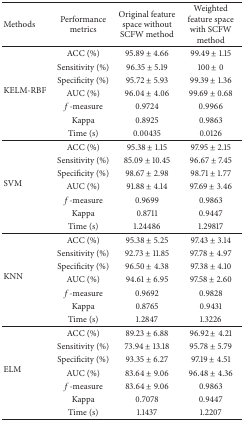
<table><thead><tr><td><b>Methods</b></td><td><b>Performance metrics</b></td><td><b>Original feature space without SCFW method</b></td><td><b>Weighted feature space with SCFW method</b></td></tr></thead><tbody><tr><td rowspan="7">KELM-RBF</td><td>ACC (%)</td><td>95.89 ± 4.66</td><td>99.49 ± 1.15</td></tr><tr><td>Sensitivity (%)</td><td>96.35 ± 5.19</td><td>100 ± 0</td></tr><tr><td>Specificity (%)</td><td>95.72 ± 5.93</td><td>99.39 ± 1.36</td></tr><tr><td>AUC (%)</td><td>96.04 ± 4.06</td><td>99.69 ± 0.68</td></tr><tr><td><i>f</i>-measure</td><td>0.9724</td><td>0.9966</td></tr><tr><td>Kappa </td><td>0.8925</td><td>0.9863</td></tr><tr><td>Time (s)</td><td>0.00435</td><td>0.0126</td></tr><tr><td rowspan="7">SVM</td><td>ACC (%)</td><td>95.38 ± 1.15</td><td>97.95 ± 2.15</td></tr><tr><td>Sensitivity (%)</td><td>85.09 ± 10.45</td><td>96.67 ± 7.45</td></tr><tr><td>Specificity (%)</td><td>98.67 ± 2.98</td><td>98.71 ± 1.77</td></tr><tr><td>AUC (%)</td><td>91.88 ± 4.14</td><td>97.69 ± 3.46</td></tr><tr><td><i>f</i>-measure</td><td>0.9699</td><td>0.9863</td></tr><tr><td>Kappa </td><td>0.8711</td><td>0.9447</td></tr><tr><td>Time (s)</td><td>1.24486</td><td>1.29817</td></tr><tr><td rowspan="7">KNN</td><td>ACC (%)</td><td>95.38 ± 5.25</td><td>97.43 ± 3.14</td></tr><tr><td>Sensitivity (%)</td><td>92.73 ± 11.85</td><td>97.78 ± 4.97</td></tr><tr><td>Specificity (%)</td><td>96.50 ± 4.38</td><td>97.38 ± 4.10</td></tr><tr><td>AUC (%)</td><td>94.61 ± 6.95</td><td>97.58 ± 2.60</td></tr><tr><td><i>f</i>-measure</td><td>0.9692</td><td>0.9828</td></tr><tr><td>Kappa </td><td>0.8765</td><td>0.9431</td></tr><tr><td>Time (s)</td><td>1.2847</td><td>1.3226</td></tr><tr><td rowspan="7">ELM</td><td>ACC (%)</td><td>89.23 ± 6.88</td><td>96.92 ± 4.21</td></tr><tr><td>Sensitivity (%)</td><td>73.94 ± 13.18</td><td>95.78 ± 5.79</td></tr><tr><td>Specificity (%)</td><td>93.35 ± 6.27</td><td>97.19 ± 4.51</td></tr><tr><td>AUC (%)</td><td>83.64 ± 9.06</td><td>96.48 ± 4.36</td></tr><tr><td><i>f</i>-measure</td><td>83.64 ± 9.06</td><td>0.9863</td></tr><tr><td>Kappa </td><td>0.7078</td><td>0.9447</td></tr><tr><td>Time (s)</td><td>1.1437</td><td>1.2207</td></tr></tbody></table>